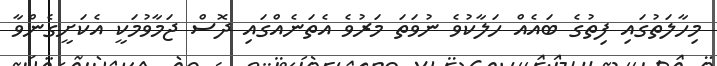
މިހާލަތުގައި ފިތުގެ ބައެއް ހަލާކުވެ ނުވަތަ މަރުވެ އެތަނެއްގައި ދޮސް ޖަމާވުމަކީ އެކަށީގެންވާ